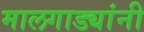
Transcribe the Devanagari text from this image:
मालगाड्यांनी